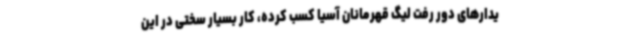
یدارهای دور رفت لیگ قهرمانان آسیا کسب کرده، کار بسیار سختی در این